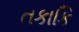
તકાકિ